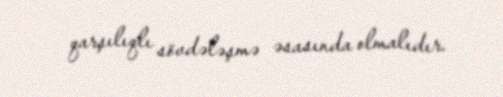
qarşılıqlı sövdələşmə əsasında olmalıdır.